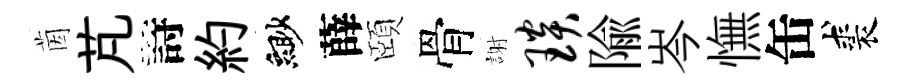
茵芃詩約緲薛頤骨謝琰隃岑憮缶裘